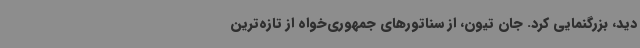
دید، بزرگنمایی کرد. جان تیون، از سناتورهای جمهوری‌خواه از تازه‌ترین